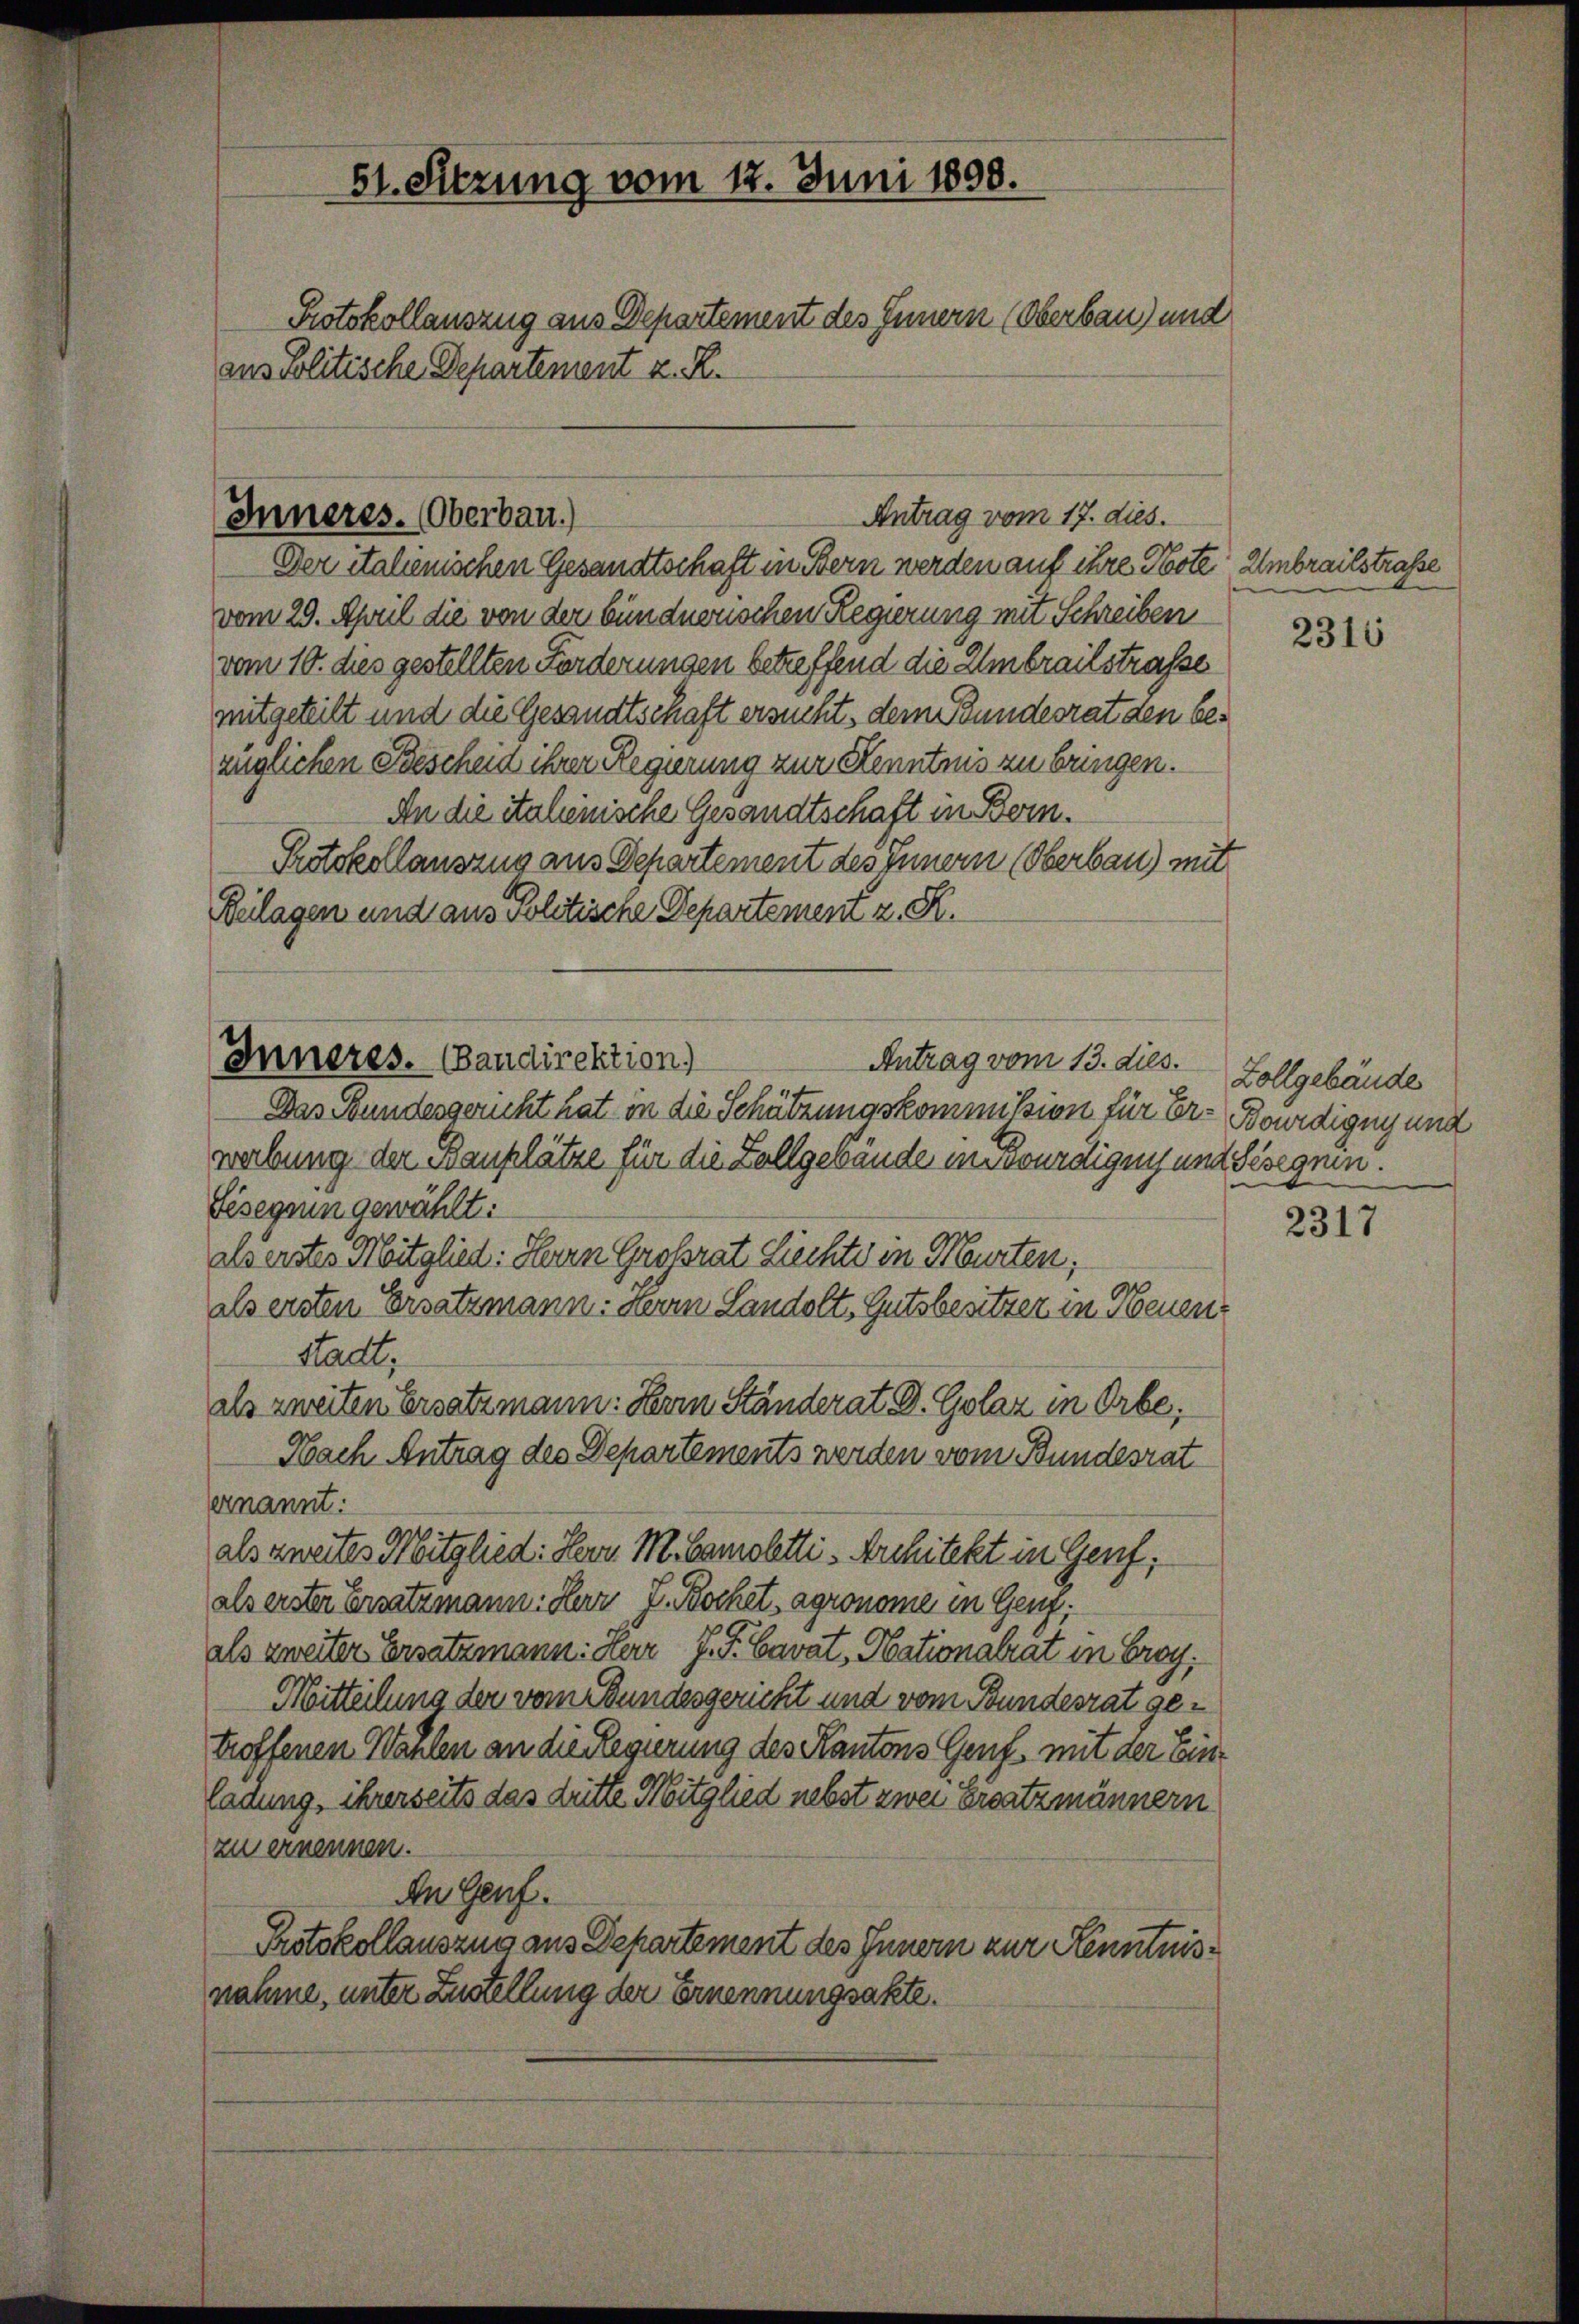
51. Sitzung vom 12. Juni 1898.
Protokollauszug aus Departement des Innern (Oberbau) und
aus Politische Departement z. R.

Der italienischen Gesandtschaft in Bern werden auf ihre Note Umbrailstraße
vom 29. April die von der bündnerischen Regierung mit Schreiben
vom 10. dies gestellten Forderungen betreffend die Umbreitstraße
mitgeteilt und die Gesandtschaft ersucht, dem Bundesrat den bezüglichen Bescheid ihrer Regierung zur Kenntnis zu bringen.
An die italienische Gesandtschaft in Bern.
Protokollauszug aus Departement des Innern (Oberbau) mit
Beilagen und aus volitische Departement z. R.
Antrag vom 13. dies.
Das Bundesgericht hat in die Schätzungskommission für Er- Bourdigny und
webung der Bauplätze für die Zollgebäude in würdigen und Gesegnen.
Gisegen gewählt:
als erstes Mitglied: Herrn Grossrat Liechte in Murten;
als ersten Ersatzmann: Herrn Landolt, Gutsbesitzer in Neuenstadt;
als zweiten Ersatzmann: Herrn Ständerat D. Golaz in Orbe,
Nach Antrag des Departements werden vom Bundesrat
ernannt:
als zweites Mitglied: Herr M. Bamoltti-Architekt in Genf;
als erster Ersatzmann Herr J. Kochet, agronome in Genf,
als zweiter Ersatzmann: Herr J. G. Cavat, Nationalrat in Brog
Mitteilung der vom Bundesgericht und vom Bundesrat getroffenen Wahlen an die Regierung des Kantons Genf mit der Einladung, ihrerseits das dette Mitglied nebst zwei Ersatzmännern
zu ernennen.
An Genf.
Protokollauszug aus Departement des Innern zur Kenntnisnahme, unter Zustellung der Ernennungsakte.

Antrag vom 17. dies.
Inneres. (Oberbau.)

Inneres. (Bandirektion)

2316

Zollgebäude

2317